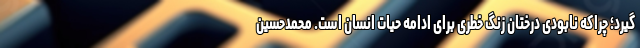
گیرد؛ چراکه نابودی درختان زنگ خطری برای ادامه حیات انسان است. محمدحسین